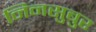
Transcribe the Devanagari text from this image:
निनसुबुर